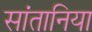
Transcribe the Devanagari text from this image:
सांतानिया